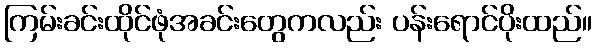
ကြမ်းခင်းထိုင်ဖုံအခင်းတွေကလည်း ပန်းရောင်ပိုးထည်။